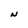
Character: N